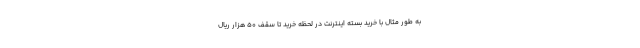
به طور مثال با خرید بسته اینترنت در لحظه خرید تا سقف 50 هزار ریال